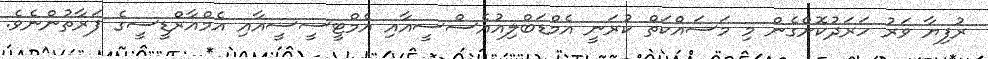
ރުފިޔާ ވަރު ހަރަދުކޮށްގެން މި މަސައްކަތް ކުރަނީ އެމްޑަބްލިއުއެސްސީއާއި އެމްޓީސީސީއާއި އެމްއާރްޑީސީގެ ފަރާތުންނެވެ.